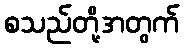
စသည်တို့အတွက်